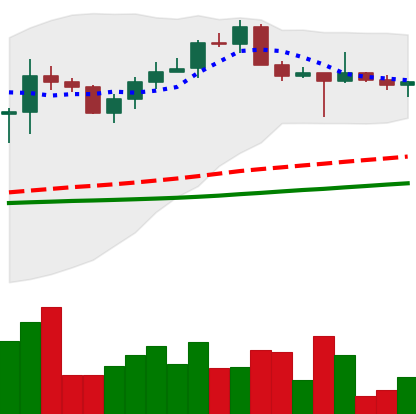
Ticker: XRP-USD
Chart end date: 2022-10-17
Forward return: -3.01%
Label: down_3_5